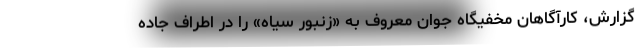
گزارش، کارآگاهان مخفیگاه جوان معروف به «زنبور سیاه» را در اطراف جاده